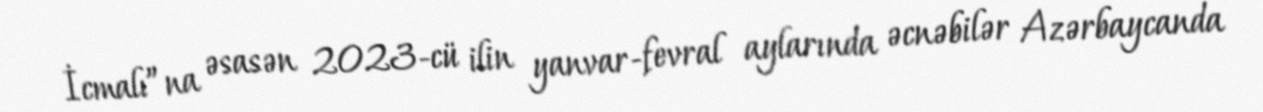
İcmalı”na əsasən 2023-cü ilin yanvar-fevral aylarında əcnəbilər Azərbaycanda